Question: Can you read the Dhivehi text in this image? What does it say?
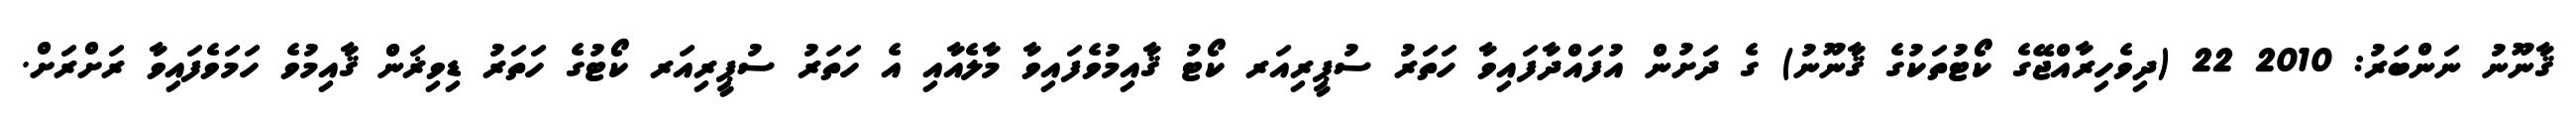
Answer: ޤާނޫނު ނަންބަރު: 2010 22 (ދިވެހިރާއްޖޭގެ ކޯޓުތަކުގެ ޤާނޫނު) ގެ ދަށުން އުފައްދާފައިވާ ހަތަރު ސުޕީރިއަރ ކޯޓު ޤާއިމުވެފައިވާ މާލެއާއި އެ ހަތަރު ސުޕީރިއަރ ކޯޓުގެ ހަތަރު ޑިވިޜަން ޤާއިމުވެ ހަމަވެފައިވާ ރަށްރަށް.